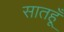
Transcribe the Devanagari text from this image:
सातहूँ